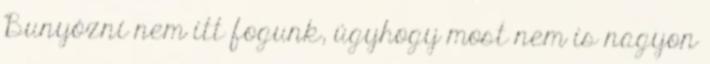
Bunyózni nem itt fogunk, úgyhogy most nem is nagyon